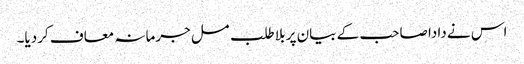
اس نے دادا صاحب کے بیان پر بلا طلب مسل جرمانہ معاف کردیا۔